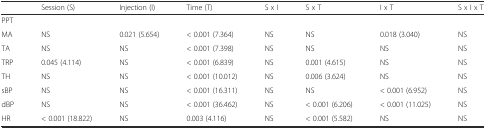
<table><thead><tr><td></td><td><b>Session (S)</b></td><td><b>Injection (I)</b></td><td><b>Time (T)</b></td><td><b>S x I</b></td><td><b>S x T</b></td><td><b>I x T</b></td><td><b>S x I x T</b></td></tr></thead><tbody><tr><td>PPT</td><td></td><td></td><td></td><td></td><td></td><td></td><td></td></tr><tr><td>MA</td><td>NS</td><td>0.021 (5.654)</td><td>&lt; 0.001 (7.364)</td><td>NS</td><td>NS</td><td>0.018 (3.040)</td><td>NS</td></tr><tr><td>TA</td><td>NS</td><td>NS</td><td>&lt; 0.001 (7.398)</td><td>NS</td><td>NS</td><td>NS</td><td>NS</td></tr><tr><td>TRP</td><td>0.045 (4.114)</td><td>NS</td><td>&lt; 0.001 (6.839)</td><td>NS</td><td>0.001 (4.615)</td><td>NS</td><td>NS</td></tr><tr><td>TH</td><td>NS</td><td>NS</td><td>&lt; 0.001 (10.012)</td><td>NS</td><td>0.006 (3.624)</td><td>NS</td><td>NS</td></tr><tr><td>sBP</td><td>NS</td><td>NS</td><td>&lt; 0.001 (16.311)</td><td>NS</td><td>NS</td><td>&lt; 0.001 (6.952)</td><td>NS</td></tr><tr><td>dBP</td><td>NS</td><td>NS</td><td>&lt; 0.001 (36.462)</td><td>NS</td><td>&lt; 0.001 (6.206)</td><td>&lt; 0.001 (11.025)</td><td>NS</td></tr><tr><td>HR</td><td>&lt; 0.001 (18.822)</td><td>NS</td><td>0.003 (4.116)</td><td>NS</td><td>&lt; 0.001 (5.582)</td><td>NS</td><td>NS</td></tr></tbody></table>